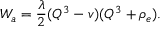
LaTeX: W _ { a } = \frac { \lambda } { 2 } ( Q ^ { 3 } - v ) ( Q ^ { 3 } + \rho _ { e } ) .